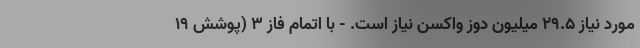
مورد نیاز ۲۹.۵ میلیون دوز واکسن نیاز است. - با اتمام فاز ۳ (پوشش ۱۹